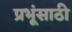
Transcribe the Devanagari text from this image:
प्रभूंसाठी